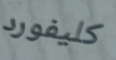
كليفورد